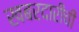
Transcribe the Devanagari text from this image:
खबरदारीची